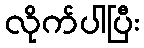
လိုက်ပါပြီး